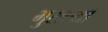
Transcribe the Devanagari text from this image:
भुसल्या